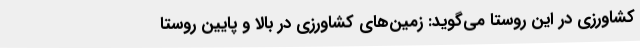
کشاورزی در این روستا می‌گوید: زمین‌های کشاورزی در بالا و پایین روستا